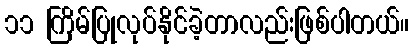
၁၁ ကြိမ်ပြုလုပ်နိုင်ခဲ့တာလည်းဖြစ်ပါတယ်။